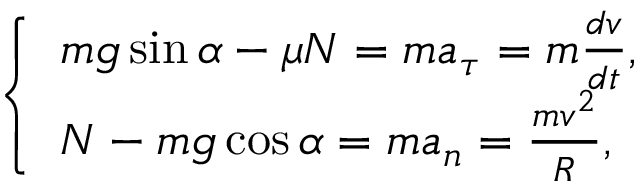
\left\{ { \begin{array} { l } { m g \sin \alpha - \mu N = m a _ { \tau } = m { \frac { d v } { d t } } , } \\ { N - m g \cos \alpha = m a _ { n } = \frac { m v ^ { 2 } } { R } , } \end{array} } \right.